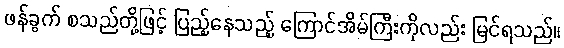
ဖန်ခွက် စသည်တို့ဖြင့် ပြည့်နေသည့် ကြောင်အိမ်ကြီးကိုလည်း မြင်ရသည်။